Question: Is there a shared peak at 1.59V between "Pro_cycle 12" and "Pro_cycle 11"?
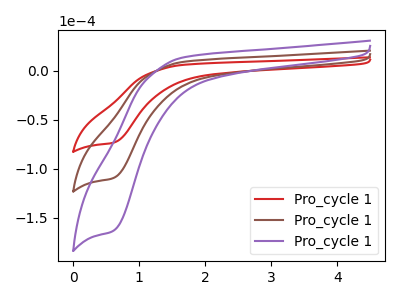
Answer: <think>The red curve "Pro_cycle 11" has a cathodic peak at: (0.60V, -73.55uA). The brown curve "Pro_cycle 12" has a cathodic peak at: (0.60V, -109.75uA). The purple curve "Pro_cycle 13" has a cathodic peak at: (0.60V, -219.50uA).</think>
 <answer>No, "Pro_cycle 12" and "Pro_cycle 11" dont share a peak at 1.59V.</answer>
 <eval>mismatch</eval>